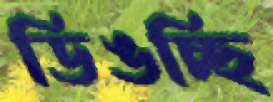
ডিঙচ্ছি